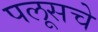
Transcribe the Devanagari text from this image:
पलूसचे